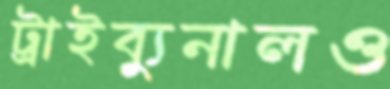
ট্রাইব্যুনালও